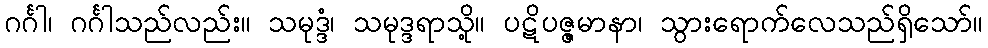
ဂင်္ဂါ၊ ဂင်္ဂါသည်လည်း။ သမုဒ္ဒံ၊ သမုဒ္ဒရာသို့။ ပဋိပဇ္ဇမာနာ၊ သွားရောက်လေသည်ရှိသော်။